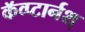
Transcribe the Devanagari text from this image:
कॅव्प्टार्नश्